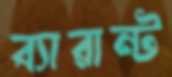
ব্যারান্ট